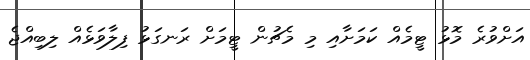
އަށްވުރެ މޮޅު ޓީމެއް ކަމަށާއި މި މެޗުން ޓީމަށް ރަނގަޅު ފިލާވަޅެއް ލިބިއްޖެ